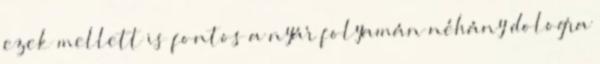
ezek mellett is fontos a nyár folyamán néhány dologra